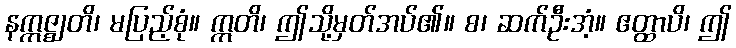
နဣဇ္ဈတိ၊ မပြည့်စုံ။ ဣတိ၊ ဤသို့မှတ်အပ်၏။ စ၊ ဆက်ဦးအံ့။ ဧတ္ထာပိ၊ ဤ